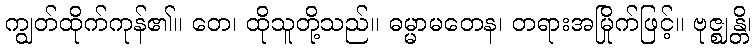
ကျွတ်ထိုက်ကုန်၏။ တေ၊ ထိုသူတို့သည်။ ဓမ္မာမတေန၊ တရားအမြိုက်ဖြင့်။ ဗုဇ္ဈန္တိ၊